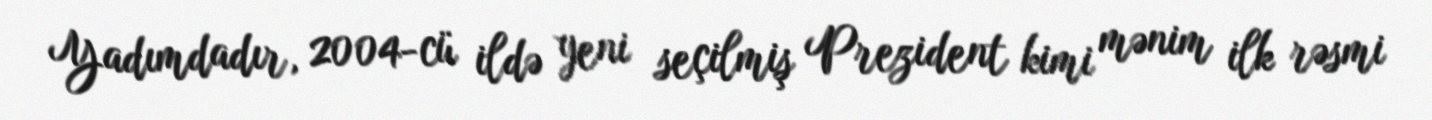
Yadımdadır, 2004-cü ildə yeni seçilmiş Prezident kimi mənim ilk rəsmi